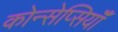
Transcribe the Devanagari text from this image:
कोन्सेप्सियॉँ